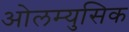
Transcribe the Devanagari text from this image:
ओलम्युसिक